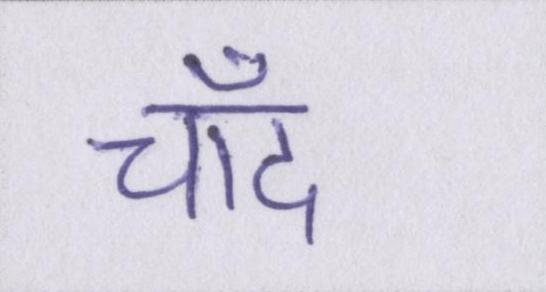
चाँद